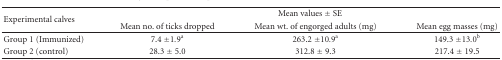
<table><thead><tr><td rowspan="2"><b>Experimental calves</b></td><td colspan="3"><b>Mean values ± SE</b></td></tr><tr><td><b>Mean no. of ticks dropped</b></td><td><b>Mean wt. of engorged adults (mg)</b></td><td><b>Mean egg masses (mg) </b></td></tr></thead><tbody><tr><td>Group 1 (Immunized)</td><td>7.4 ± 1.9<sup>a</sup></td><td>263.2 ± 10.9<sup>a</sup></td><td>149.3 ± 13.0<sup>b</sup></td></tr><tr><td>Group 2 (control)</td><td>28.3 ± 5.0</td><td>312.8 ± 9.3</td><td>217.4 ± 19.5</td></tr></tbody></table>